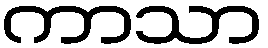
ကာသာ